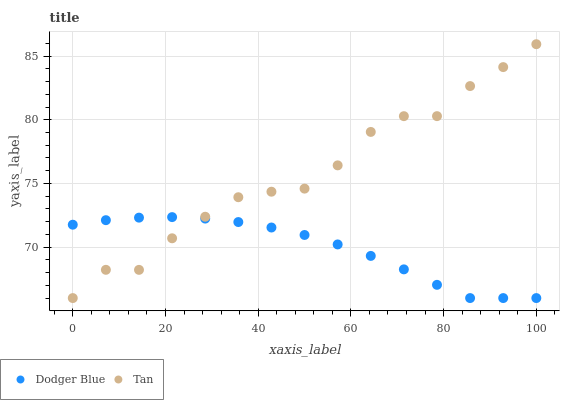
| xaxis_label | Dodger Blue | Tan |
 | --- | --- | --- |
 | 0 | 71.8 | 66 |
 | 7.14 | 72.1 | 68.2 |
 | 14.3 | 72.3 | 68.2 |
 | 21.4 | 72.4 | 70.7 |
 | 28.6 | 72.2 | 72.4 |
 | 35.7 | 72 | 73.9 |
 | 42.9 | 71.5 | 74.4 |
 | 50 | 71 | 74.6 |
 | 57.1 | 70.2 | 76.4 |
 | 64.3 | 69.3 | 79 |
 | 71.4 | 68.3 | 80.3 |
 | 78.6 | 67 | 80.3 |
 | 85.7 | 66 | 82.6 |
 | 92.9 | 66 | 84.1 |
 | 100 | 66 | 85.9 |